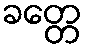
ခတ္တေ